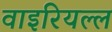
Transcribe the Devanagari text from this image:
वाइरियल्ल